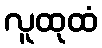
လူထုထံ